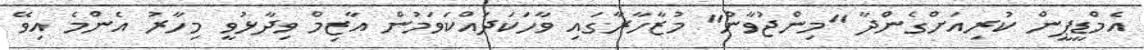
އެމްޑީޕީން ކުރިއަށްގެންދާ "މިންޖުވާން" މުޒާހާރާގައި ވާހަކަދައްކަވަމުން އާޒިމް ވިދާޅުވީ މިހާރު އެންމެ އިވޭ